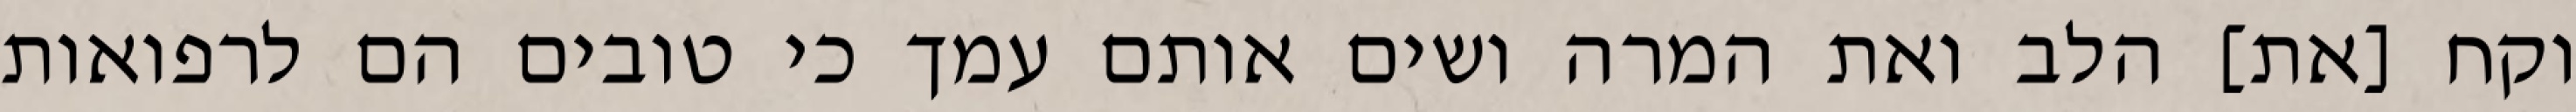
וקח [את] הלב ואת המרה ושים אותם עמך כי טובים הם לרפואות